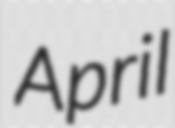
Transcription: April